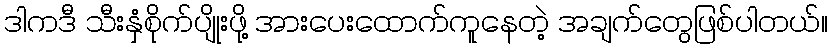
ဒါကဒီ သီးနှံစိုက်ပျိုးဖို့ အားပေးထောက်ကူနေတဲ့ အချက်တွေဖြစ်ပါတယ်။